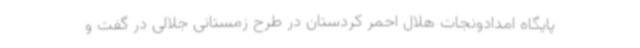
پایگاه امدادونجات هلال احمر کردستان در طرح زمستانی جلالی در گفت و